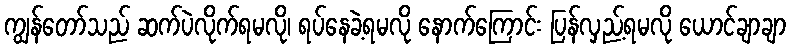
ကျွန်တော်သည် ဆက်ပဲလိုက်ရမလို၊ ရပ်နေခဲ့ရမလို နောက်ကြောင်း ပြန်လှည့်ရမလို ယောင်ချာချာ